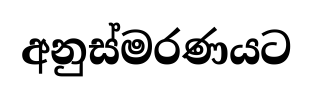
අනුස්මරණයට